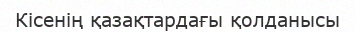
Кісенің қазақтардағы қолданысы